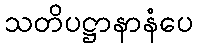
သတိပဋ္ဌာနာနံပေ